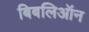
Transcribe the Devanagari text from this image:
बिबलिऑन